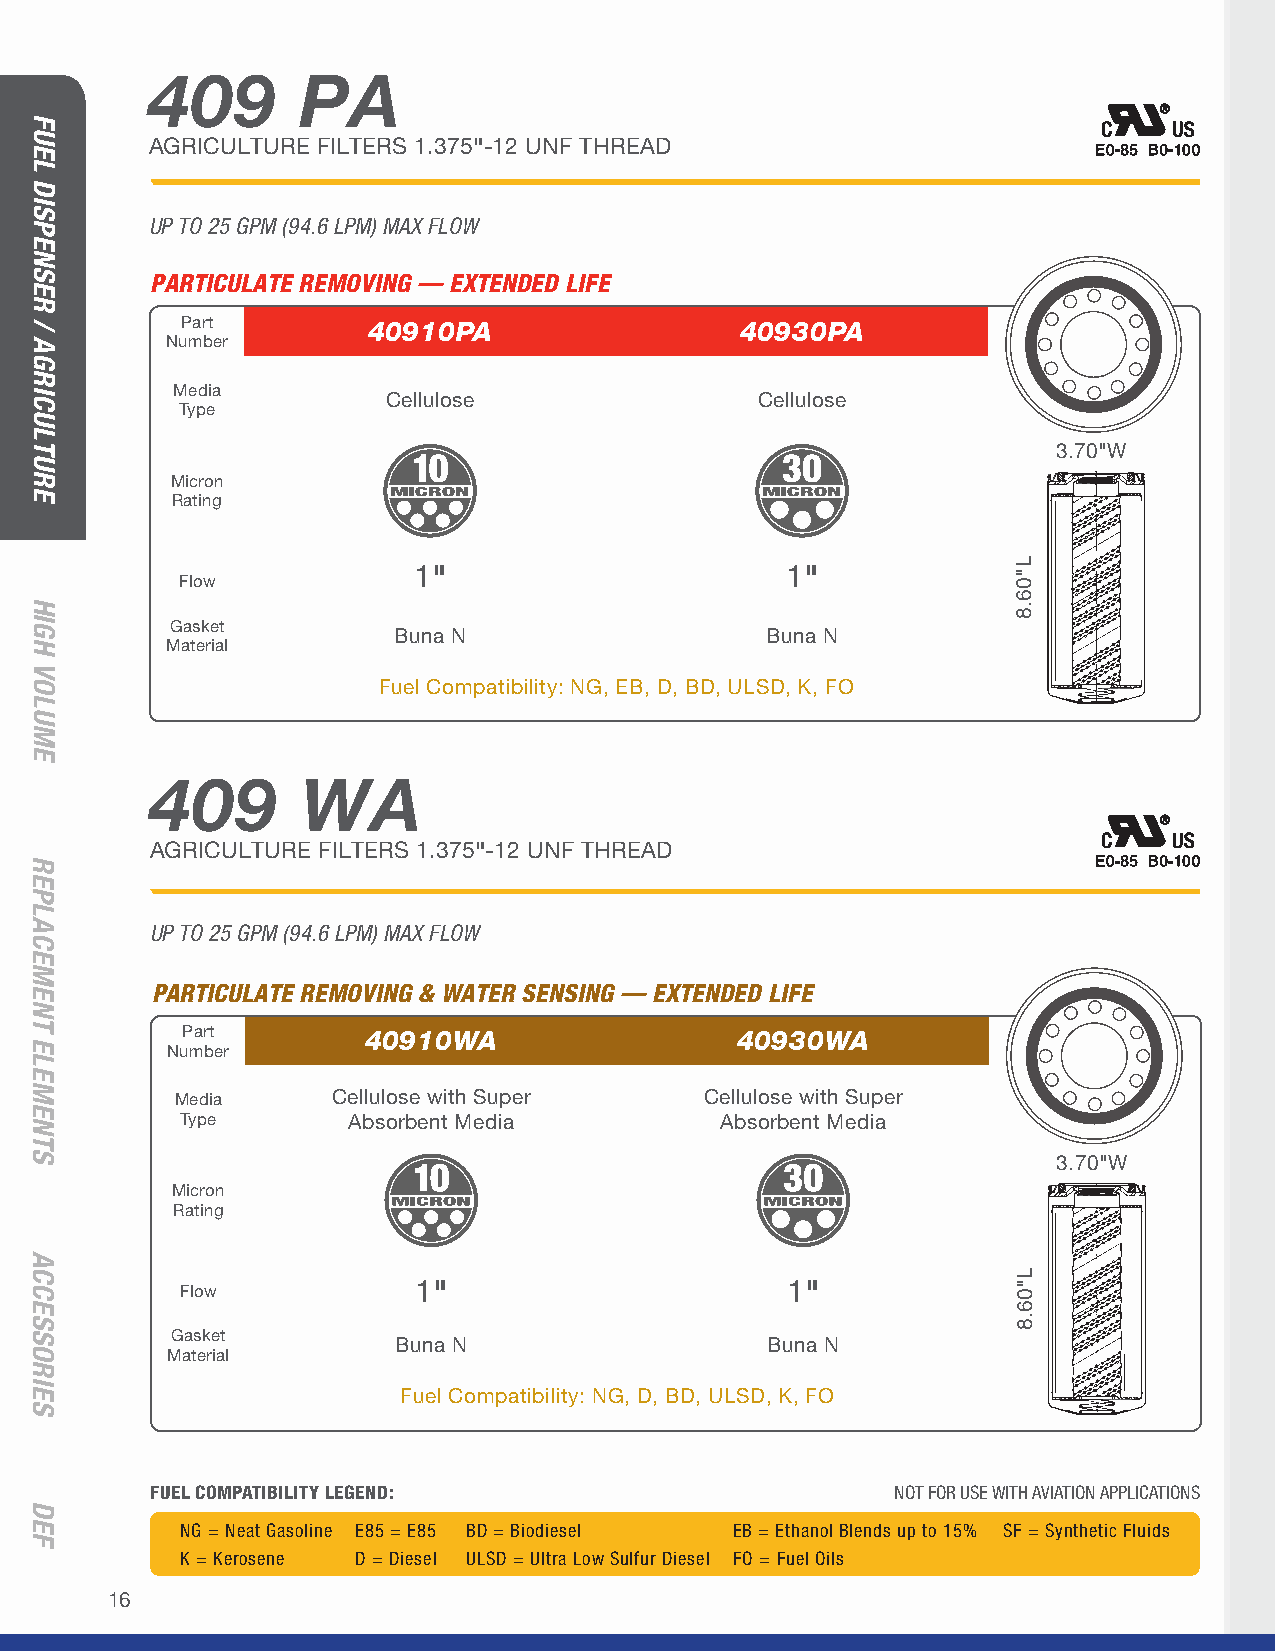
409       PA
 AGRICULTURE FILTERS 1.375"-12 UNF THREAD
 UP TO 25 GPM (94.6 LPM) MAX FLOW
 PARTICULATE REMOVING — EXTENDED LIFE
 Part        40910PA                  40930PA
 Number
 Media
 Cellulose               Cellulose
 Type
 3.70"W
 Micron
 Rating
 1"                       1"
 Flow
 Gasket
 Buna N                   Buna N
 Material
 Fuel Compatibility: NG, EB, D, BD, ULSD, K, FO
 409       WA
 AGRICULTURE FILTERS 1.375"-12 UNF THREAD
 UP TO 25 GPM (94.6 LPM) MAX FLOW
 PARTICULATE REMOVING & WATER SENSING — EXTENDED LIFE
 Part        40910WA                  40930WA
 Number
 Media     Cellulose with Super     Cellulose with Super
 Type       Absorbent Media          Absorbent Media
 3.70"W
 Micron
 Rating
 Flow
 1"                       1"
 Gasket
 Buna N                   Buna N
 Material
 Fuel Compatibility: NG, D, BD, ULSD, K, FO
 FUEL COMPATIBILITY LEGEND:                       NOT FOR USE WITH AVIATION APPLICATIONS
 NG = Neat Gasoline E85 = E85 BD = Biodiesel EB = Ethanol Blends up to 15% SF = Synthetic Fluids
 K = Kerosene D = Diesel ULSD = Ultra Low Sulfur Diesel FO = Fuel Oils
 16
 FUEL
 DISPENSER
 /
 AGRICULTURE
 HIGH
 VOLUME
 REPLACEMENT
 ELEMENTS
 ACCESSORIES
 DEF
 L"06.8
 L"06.8